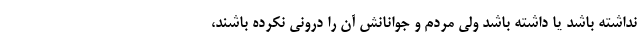
نداشته باشد یا داشته باشد ولی مردم و جوانانش آن را درونی نکرده باشند،